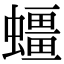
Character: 䗵